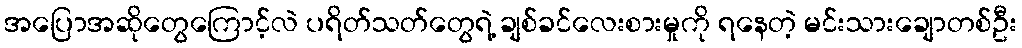
အပြောအဆိုတွေကြောင့်လဲ ပရိတ်သတ်တွေရဲ့ ချစ်ခင်လေးစားမှုကို ရနေတဲ့ မင်းသားချောတစ်ဦး